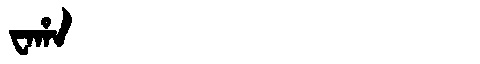
Manchu: ᠸᠠᡥᠠ
Romanization: WAHA